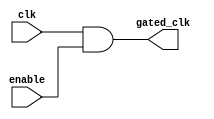
module clock_gating_cell (
    input wire clk,         // Main clock signal
    input wire enable,      // Enable signal
    output wire gated_clk   // Gated clock output
);
    // Clock gating logic
    assign gated_clk = clk & enable; // AND gate for clock gating

endmodule